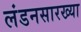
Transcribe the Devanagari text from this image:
लंडनसारख्या